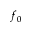
f _ { 0 }